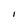
Character: I